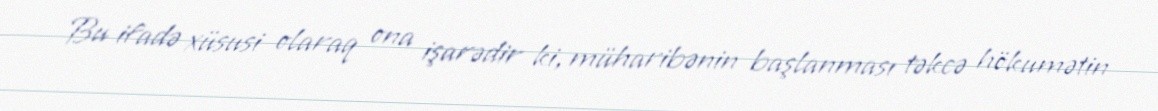
Bu ifadə xüsusi olaraq ona işarədir ki, müharibənin başlanması təkcə hökumətin